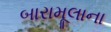
બારામૂલાના